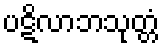
ပဋိလာဘသုတ္တံ